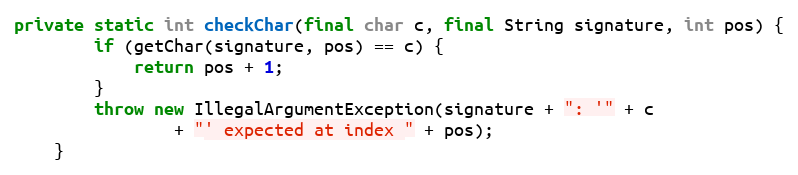
Language: Java
private static int checkChar(final char c, final String signature, int pos) {
        if (getChar(signature, pos) == c) {
            return pos + 1;
        }
        throw new IllegalArgumentException(signature + ": '" + c
                + "' expected at index " + pos);
    }